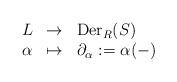
LaTeX: \begin{align*} \begin{array}{rcl} L & \to & \mathrm{Der}_R(S) \\ \alpha & \mapsto & \partial_\alpha:=\alpha(-) \end{array} \end{align*}